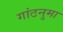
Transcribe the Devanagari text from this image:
गांठनुमा